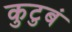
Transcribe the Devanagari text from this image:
कुटुबं